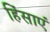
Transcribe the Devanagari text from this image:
हिंसाएं